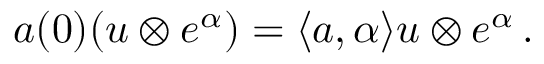
a ( 0 ) ( u \otimes e ^ { \alpha } ) = \langle a , \alpha \rangle u \otimes e ^ { \alpha } \, .